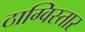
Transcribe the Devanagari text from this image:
ठाग्विस्तार